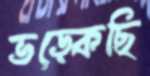
ভড়্‌কেছি